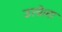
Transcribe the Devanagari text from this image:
उत्त्रेला